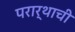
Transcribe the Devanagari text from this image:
परार्थाची